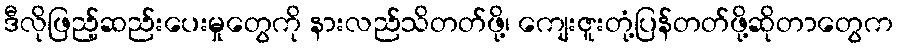
ဒီလိုဖြည့်ဆည်းပေးမှုတွေကို နားလည်သိတတ်ဖို့၊ ကျေးဇူးတုံ့ပြန်တတ်ဖို့ဆိုတာတွေက